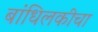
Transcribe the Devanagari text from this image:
बांधिलकीचा